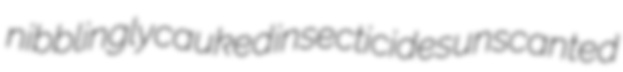
nibblingly cauked insecticides unscanted